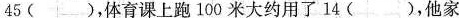
45 ()，体育课上跑100米大约用了 14 ()，他家